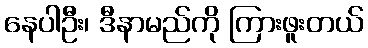
နေပါဦး၊ ဒီနာမည်ကို ကြားဖူးတယ်